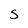
Character: S